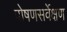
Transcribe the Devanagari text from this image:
पोषणसर्वेक्षण